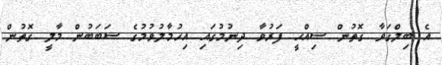
އެ ބިލްގަވާ ގޮތުން ސިއްޙީ ފަރުވާ ދިނުމުގައި އިހުމާލުވުމުގެ ސަބަބުން މާލީ ގޮތުން